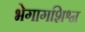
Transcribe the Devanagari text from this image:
भेगागशिश्न